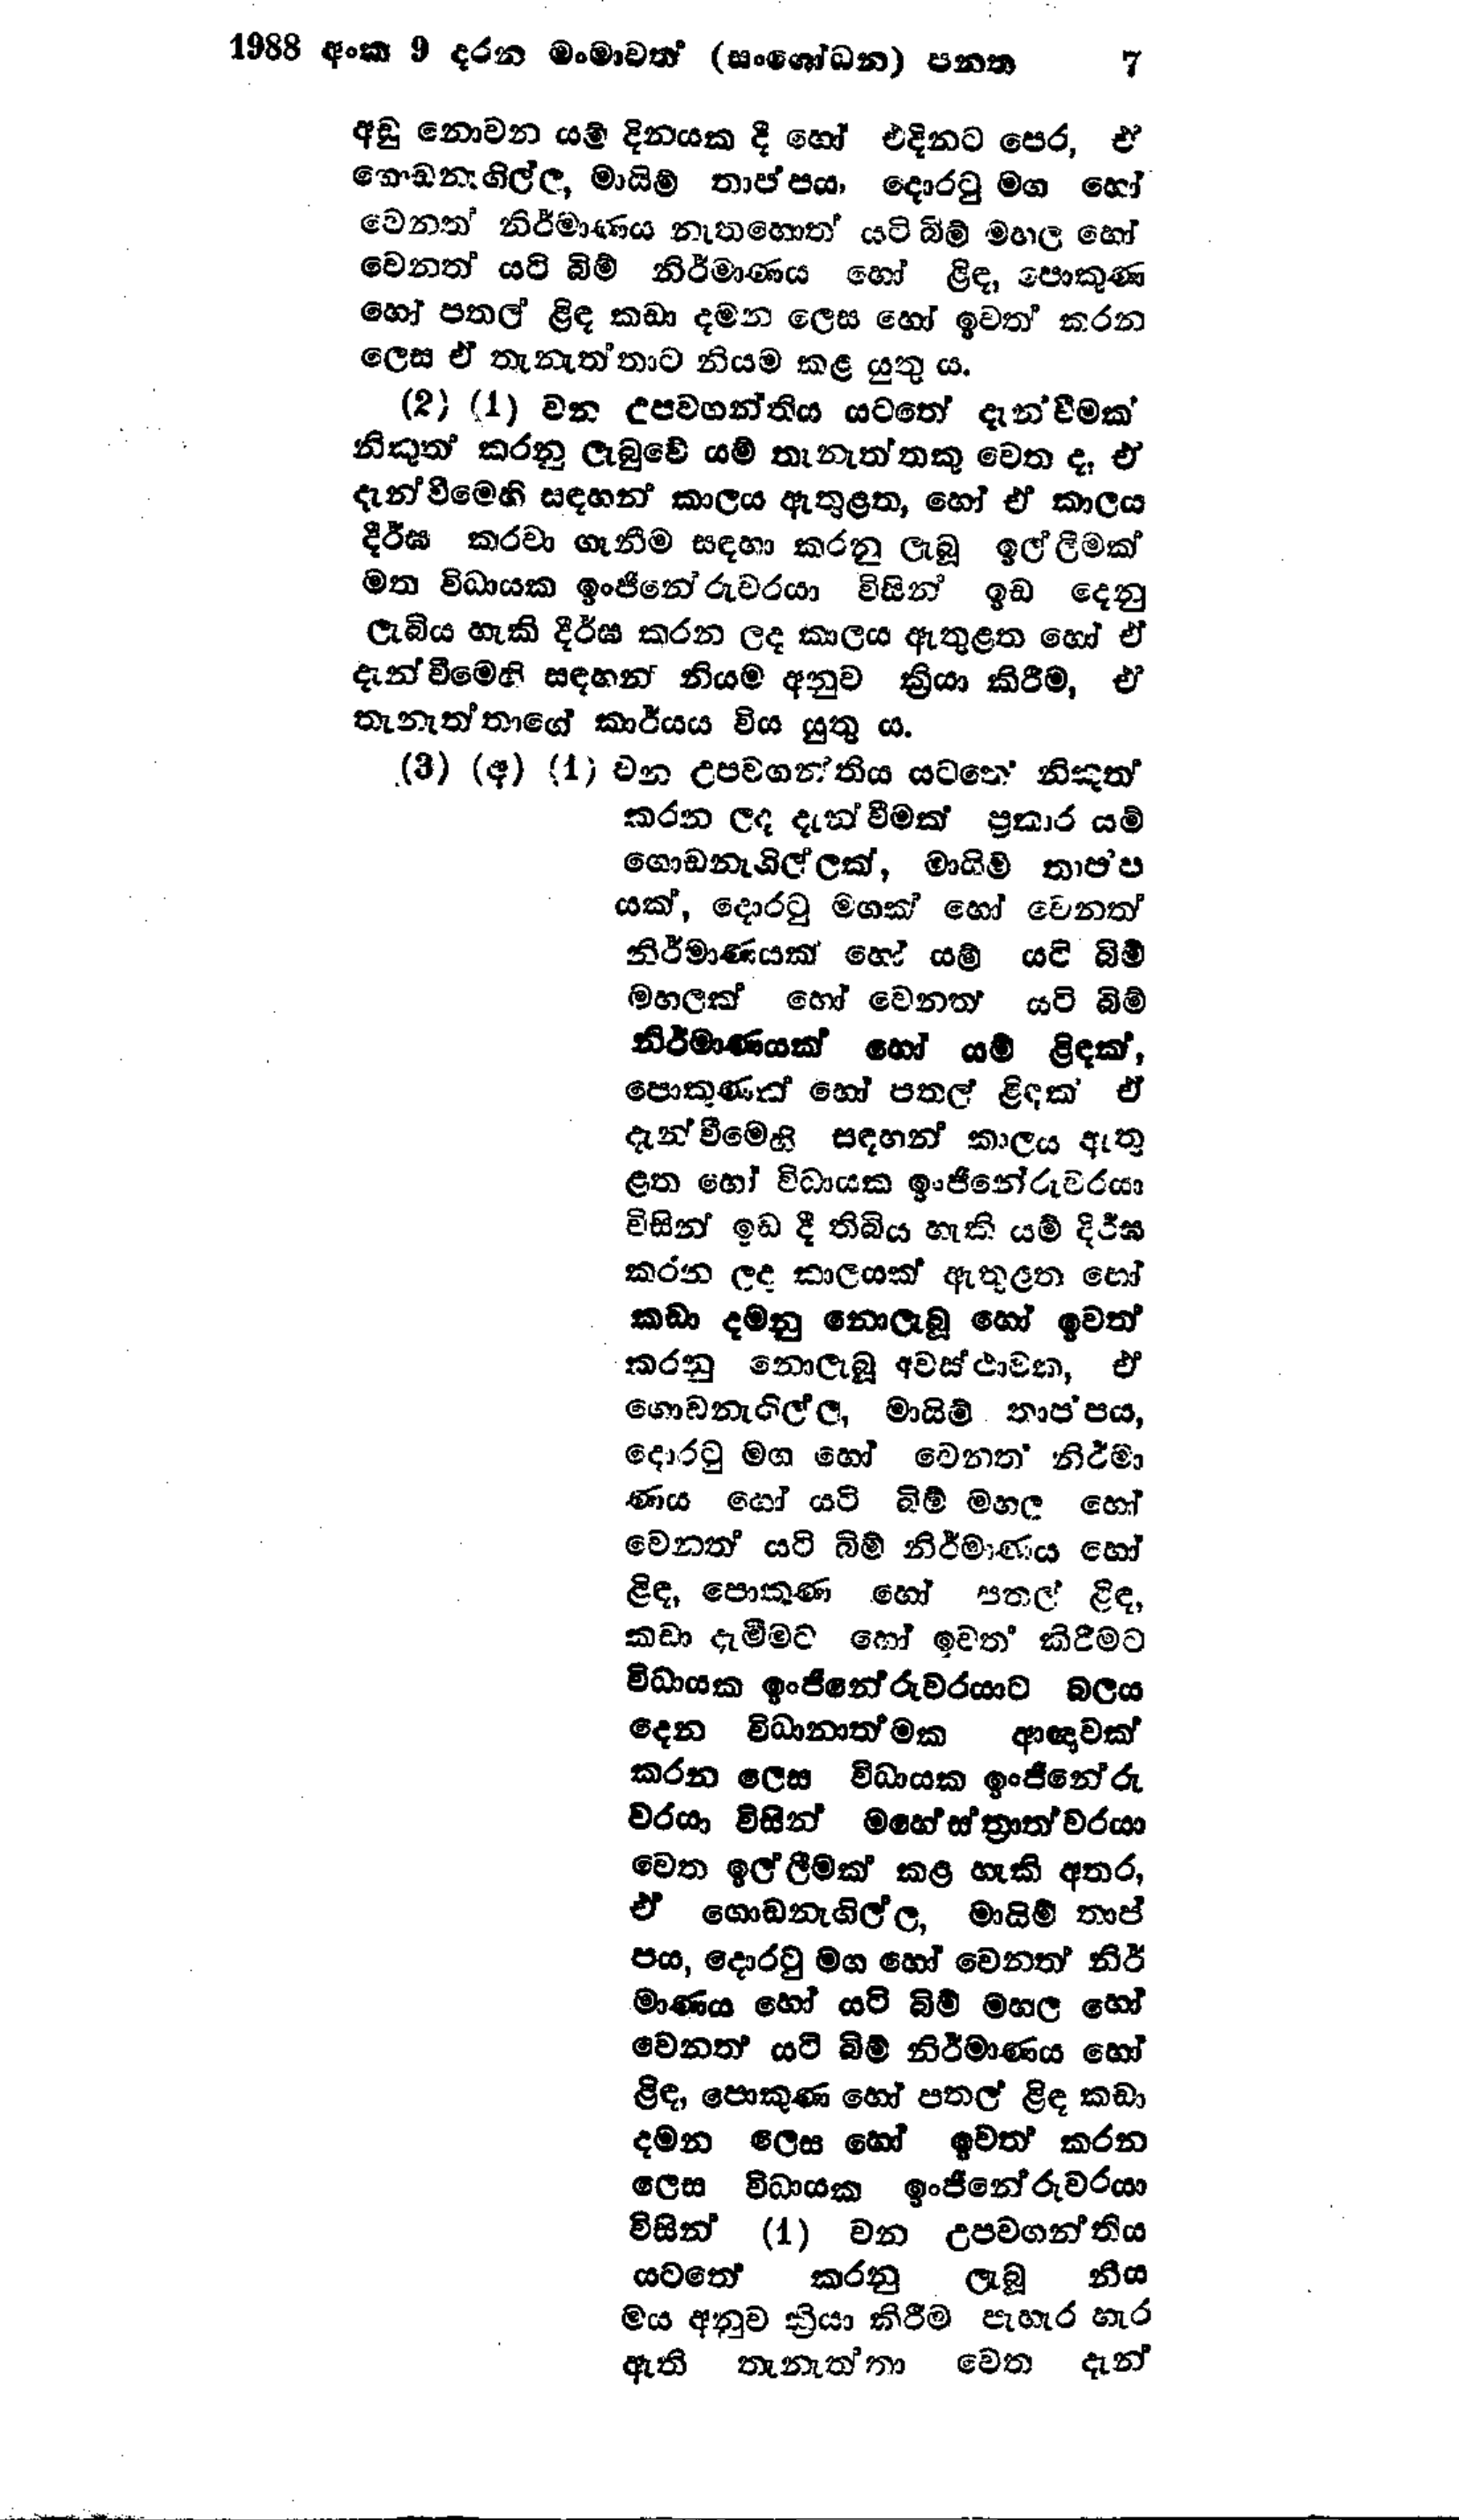
1988 අංක 9 දරන මංමාවත් (සංශෝධන) පනත 7

අඩු නොවන යම් දිනයක දී හෝ එදිනට පෙර, ඒ
ගොඩනැගිල්ල, මායිම් තාප්පය, දොරටු මග හෝ
වෙනත් නිර්මාණය නැතහොත් යටි බිම් මහල හෝ
වෙනත් යටි බිම් නිර්මාණය හෝ ළිඳ, පොකුණ
හෝ පතල් ළිඳ කඩා දමන ලෙස හෝ ඉවත් කරන
ලෙස ඒ තැනැත්තාට නියම කළ යුතු ය.

(2)(1) වන උපවගන්තිය යටතේ දැන්වීමක්
නිකුත් කරනු ලැබුවේ යම් තැනැත්තකු වෙත දෑ, ඒ
දැන්වීමෙහි සඳහන් කාලය ඇතුළත, හෝ ඒ කාලය
දීර්ඝ කරවා ගැනීම සඳහා කරනු ලැබූ ඉල්ලීමක්
මත විධායක ඉංජිනේරුවරයා විසින් ඉඩ දෙනු
ලැබිය හැකි දීර්ඝ කරන ලද කාලය ඇතුළත හෝ ඒ
දැන්වීමෙහි සඳහන් නියම අනුව ක්‍රියා කිරීම, ඒ
තැනැත්තාගේ කාර්යය විය යුතුය.
(3)(අ)(1) වන උපවගන්තිය යටතේ නිකුත්
කරන ලද දැන්වීමක් ප්‍රකාර යම්
ගොඩනැගිල්ලක්, මායිම් තාප්ප
යක්, දොරටු මගක් හෝ වෙනත්
නිර්මාණයක් හෝ යම් යටි බිම්
මහලක් හෝ වෙනත් යටි බිම්
නිර්මාණයක් හෝ යම් ළිඳක්,
පොකුණක් හෝ පතල් ළිඳක් ඒ
දැන්වීමෙහි සඳහන් කාලය ඇතු
ළත හෝ විධායක ඉංජිනේරුවරයා
විසින් ඉඩ දී තිබිය හැකි යම් දීර්ඝ
කරන ලද කාලයක් ඇතුළත හෝ
කඩා දමනු නොලැබූ හෝ ඉවත්
කරනු නොලැබූ අවස්ථාවක, ඒ
ගොඩනැගිල්ල, මායිම් තාප්පය,
දොරටු මග හෝ වෙනත් නි‍ර්මා
ණය හෝ යටි බිම් මහල හෝ
වෙනත් යටි බිම් නිර්මාණය හෝ
ළිඳ, පොකුණ හෝ පතල ළිඳ,
කඩා දැමීමට හෝ ඉවත් කිරීමට
විධායක ඉංජිනේරුවරයාට බලය
දෙන විධානාත්මක ආඥාවක්
කරන ලෙස විධායක ඉංජිනේරු
වරයා විසින් මහේස්ත්‍රාත්වරයා
වෙත ඉල්ලීමක් කළ හැකි අතර,
ඒ ගොඩනැගිල්ල, මායිම් තාප්
පය, දොරටු මග හෝ වෙනත් නිර්
මාණය හෝ යටි බිම් මහල හෝ
වෙනත් යටි බිම් නිර්මාණය හෝ
ළිඳ, පොකුණ හෝ පතල් ළිඳ කඩා
දමන ලෙස හෝ ඉවත් කරන
ලෙස විධායක ඉංජිනේරුවරයා
විසින් (1) වන උපවගන්තිය
යටතේ කරනු ලැබූ නිය
මය අනුව ක්‍රියා කිරීම පැහැර හැර
ඇති තැනැත්තා වෙත දැන්